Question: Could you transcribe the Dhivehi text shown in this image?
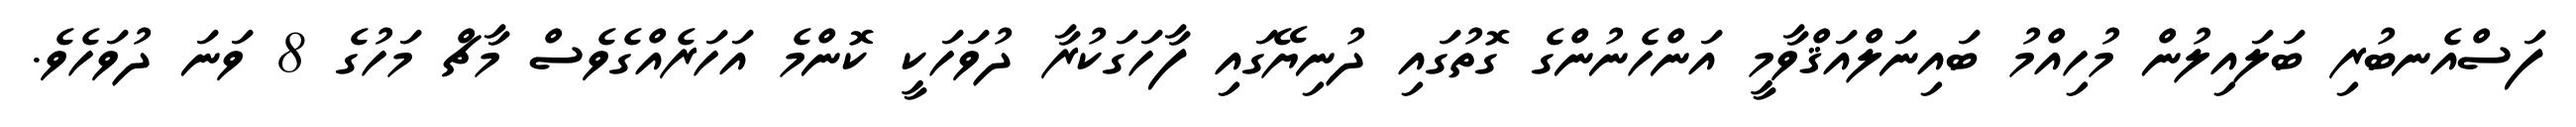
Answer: ފަސްއެނބުރި ބަލައިލުން މުހިއްމު ބައިނަލްއަޤްވާމީ އަންހެނުންގެ ގޮތުގައި ދުނިޔޭގައި ފާހަގަކުރާ ދުވަހަކީ ކޮންމެ އަހަރެއްގެވެސް މާޗް މަހުގެ 8 ވަނަ ދުވަހެވެ.